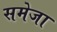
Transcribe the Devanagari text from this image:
समेजा